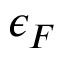
\epsilon _ { F }